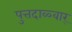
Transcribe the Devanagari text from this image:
पुत्तदाळ्वार्